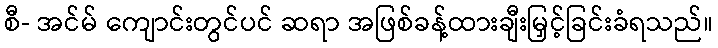
စီ- အင်မ် ကျောင်းတွင်ပင် ဆရာ အဖြစ်ခန့်ထားချီးမြှင့်ခြင်းခံရသည်။